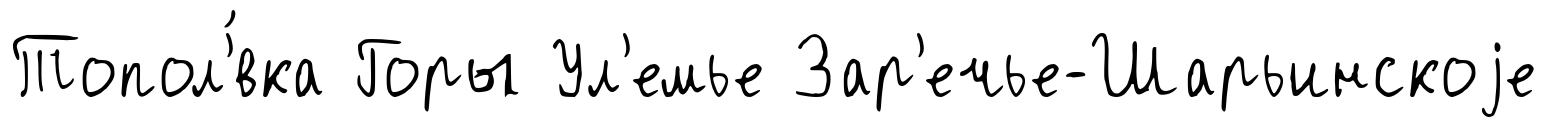
Топол'́вка Горы Ул'емье Зар'ечье-Шарьинскоjе